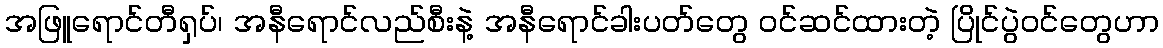
အဖြူရောင်တီရှပ်၊ အနီရောင်လည်စီးနဲ့ အနီရောင်ခါးပတ်တွေ ဝင်ဆင်ထားတဲ့ ပြိုင်ပွဲဝင်တွေဟာ